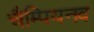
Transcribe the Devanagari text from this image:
चैम्पियनव